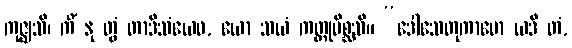
ကုဇ္ဈသိ၊ ကိံ နု တွံ တာဒိသံယေဝ, ယော သယံ ကတ္တုမိစ္ဆသိ။ “ဒေါသေတုကာမော ယဒိ တံ,